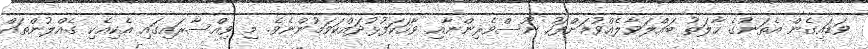
ވަޑައިގެން އެތަނުގެ ހާލަތު ބައްލަވާލެއްވުމަށްފަހު ނޫސްވެރިންނާއި ވާހަކަފުޅުދައްކަވަމުންނެވެ. މި ވިއްސާރައިގައި އެކިއެކި ގެއްލުންތައް